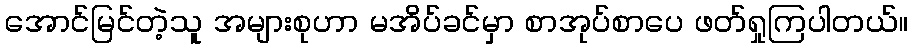
အောင်မြင်တဲ့သူ အများစုဟာ မအိပ်ခင်မှာ စာအုပ်စာပေ ဖတ်ရှုကြပါတယ်။